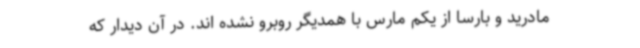
مادرید و بارسا از یکم مارس با همدیگر روبرو نشده اند. در آن دیدار که